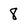
Character: 8